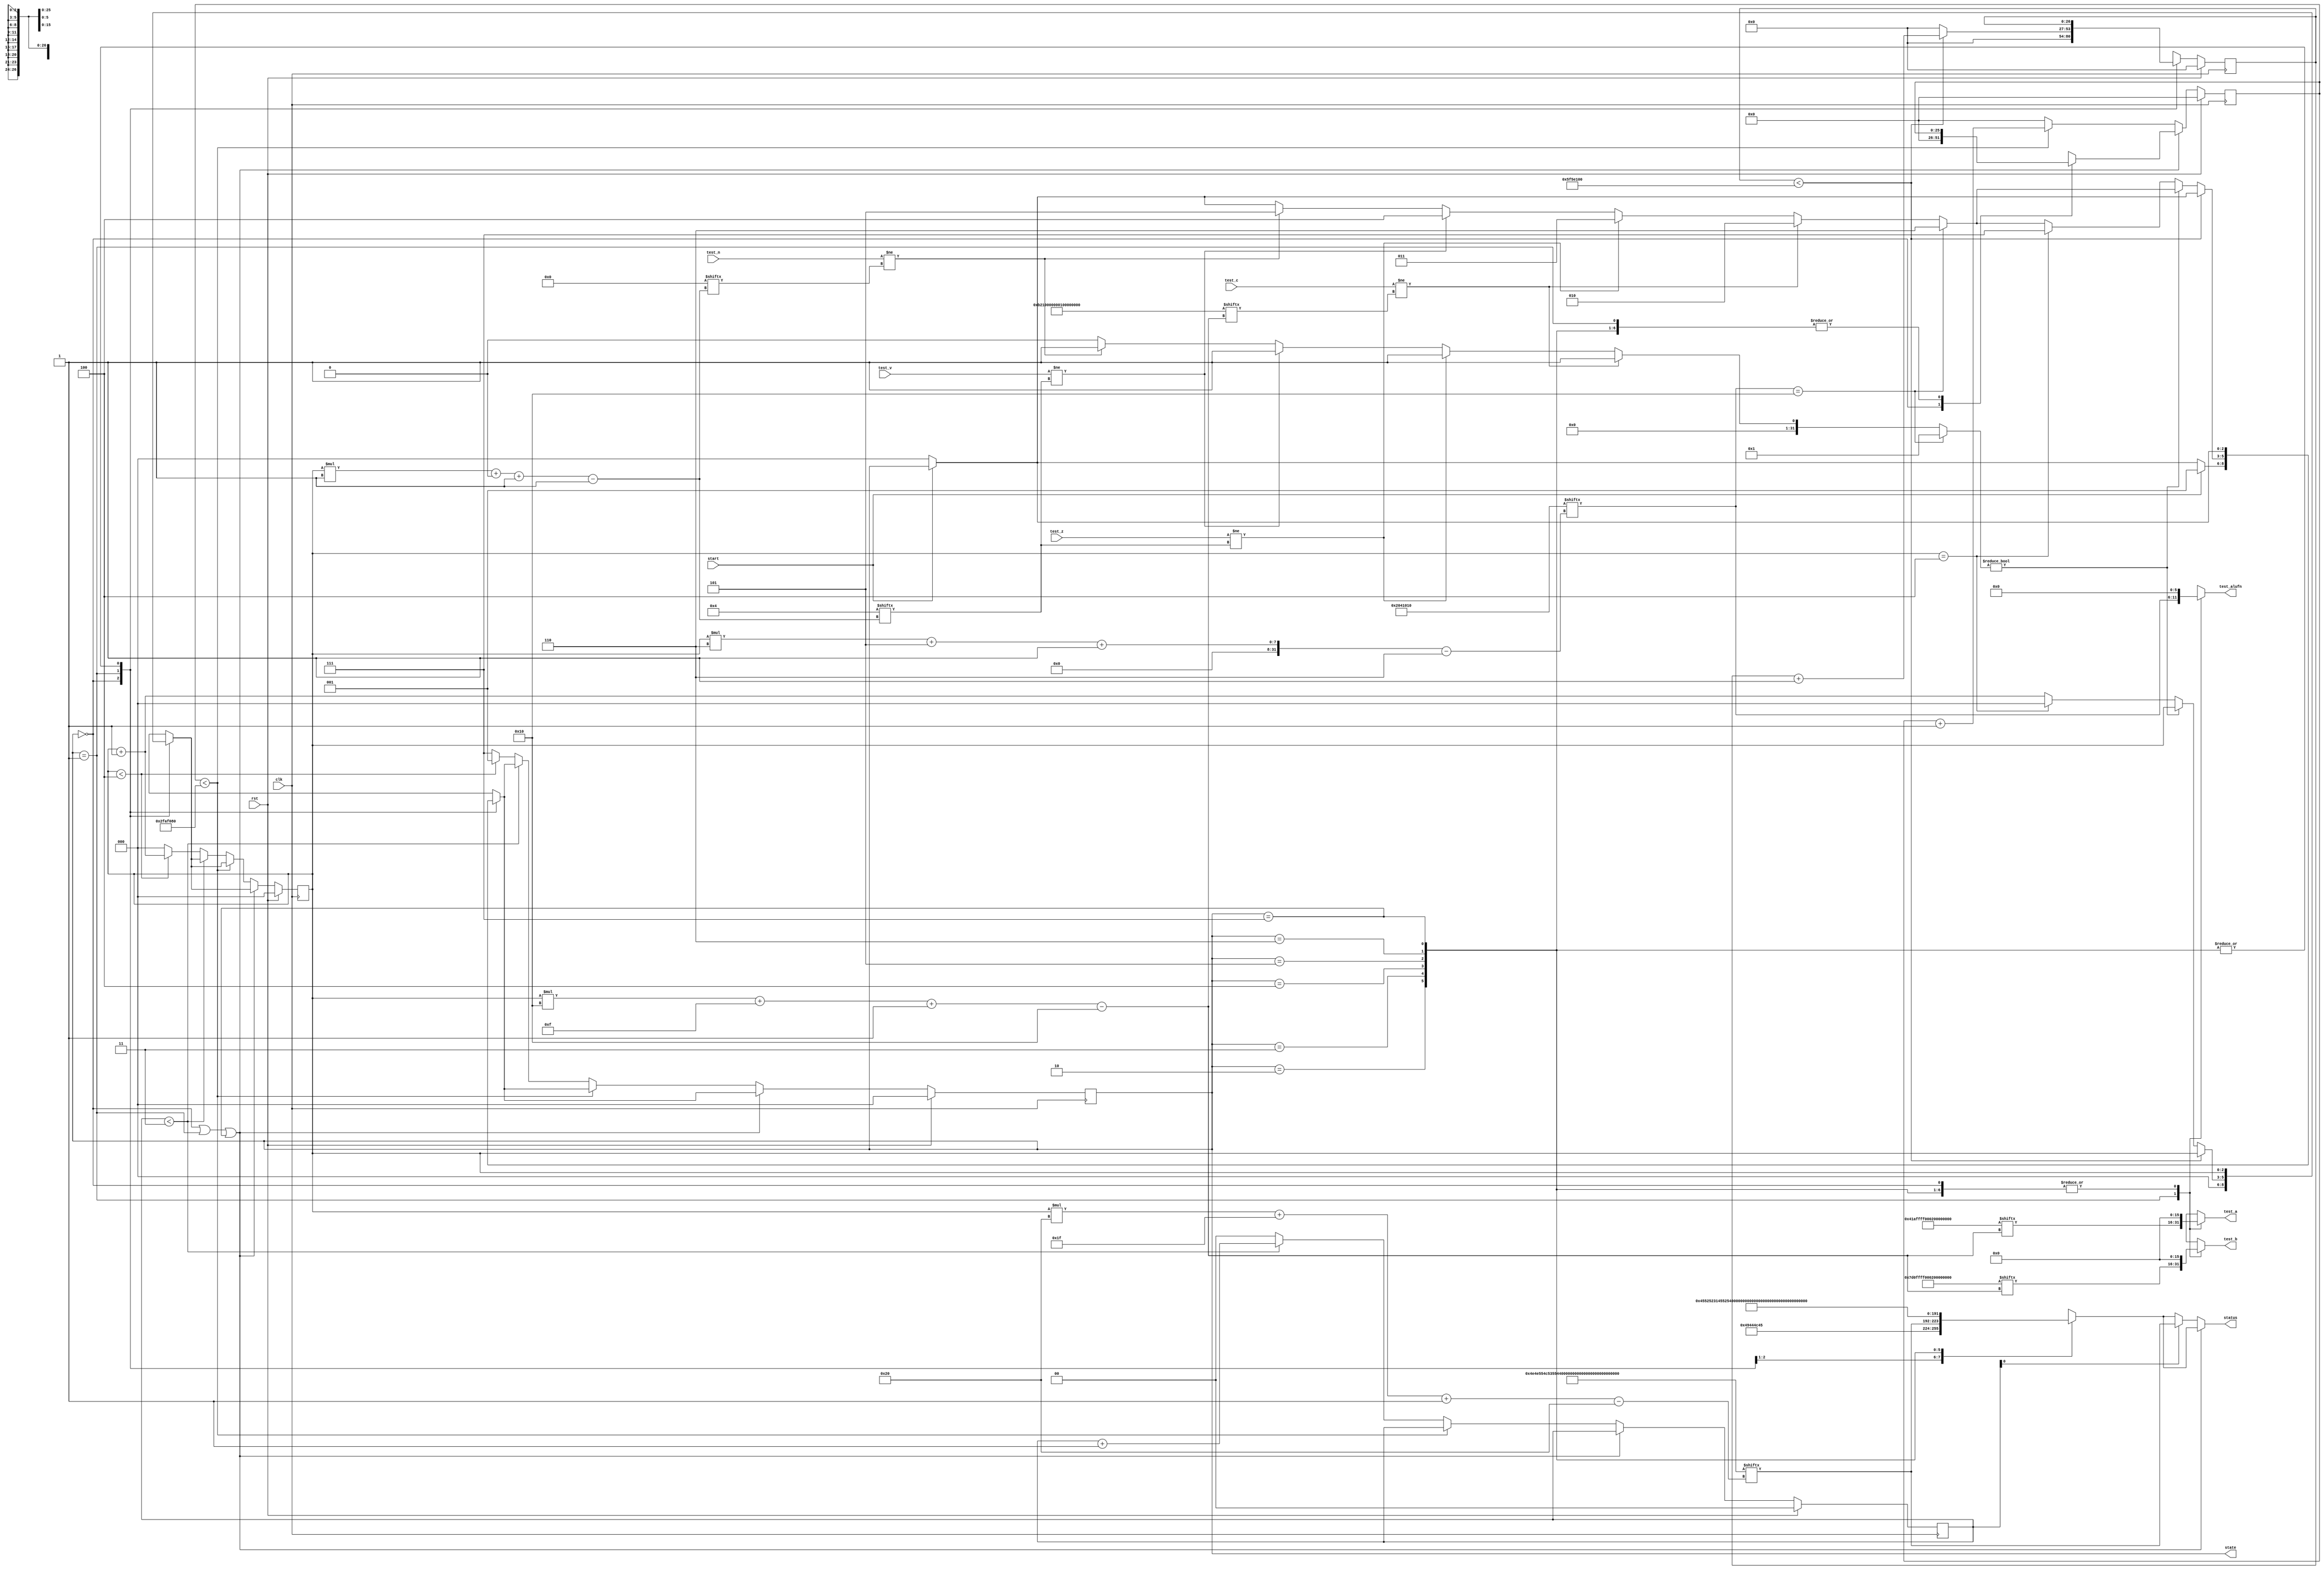
/*
   This file was generated automatically by the Mojo IDE version B1.3.6.
   Do not edit this file directly. Instead edit the original Lucid source.
   This is a temporary file and any changes made to it will be destroyed.
*/

/*
   Parameters:
     NUM_TEST_CASES = 5
     TEST_NAME = TestCasesROM.ADDER_FAIL_NAME
     TEST_A = TestCasesROM.ADDER_FAIL_A
     TEST_B = TestCasesROM.ADDER_FAIL_B
     TEST_ALUFN = TestCasesROM.ADDER_FAIL_ALUFN
     TEST_C = TestCasesROM.ADDER_FAIL_C
     TEST_Z = TestCasesROM.ADDER_FAIL_Z
     TEST_V = TestCasesROM.ADDER_FAIL_V
     TEST_N = TestCasesROM.ADDER_FAIL_N
     INVALID_ALUFN = TestCasesROM.ADDER_INVALID_ALUFN
     BYPASS_FAIL = 1
     NUM_TEST_SECS = 2
     NUM_FAIL_SECS = 1
     NUM_FAIL_BLINKS = 2
*/
module tester_10 (
    input clk,
    input rst,
    input start,
    input [15:0] test_c,
    input test_z,
    input test_v,
    input test_n,
    output reg [15:0] test_a,
    output reg [15:0] test_b,
    output reg [5:0] test_alufn,
    output reg [2:0] state,
    output reg [31:0] status
  );
  
  localparam NUM_TEST_CASES = 3'h5;
  localparam TEST_NAME = 160'h4e4e554c53554232535542314144443241444431;
  localparam TEST_A = 80'h041affff0001ffff0001;
  localparam TEST_B = 80'h07d0ffff0001ffff0001;
  localparam TEST_ALUFN = 30'h02041010;
  localparam TEST_C = 80'h0b2100000000fffe0002;
  localparam TEST_Z = 5'h04;
  localparam TEST_V = 5'h04;
  localparam TEST_N = 5'h00;
  localparam INVALID_ALUFN = 6'h10;
  localparam BYPASS_FAIL = 1'h1;
  localparam NUM_TEST_SECS = 2'h2;
  localparam NUM_FAIL_SECS = 1'h1;
  localparam NUM_FAIL_BLINKS = 2'h2;
  
  
  localparam NUM_TEST_TIMER_CYCLES = 28'h5f5e100;
  
  localparam NUM_FAIL_TIMER_CYCLES = 26'h2faf080;
  
  reg [31:0] next_status;
  
  integer i;
  
  integer failed;
  
  reg [26:0] M_display_test_timer_d, M_display_test_timer_q = 1'h0;
  reg [25:0] M_display_fail_timer_d, M_display_fail_timer_q = 1'h0;
  reg [1:0] M_fail_blink_ctr_d, M_fail_blink_ctr_q = 1'h0;
  reg [2:0] M_tester_ctr_d, M_tester_ctr_q = 1'h0;
  localparam IDLE_tester_state = 3'd0;
  localparam TEST_tester_state = 3'd1;
  localparam FAIL_C_tester_state = 3'd2;
  localparam FAIL_Z_tester_state = 3'd3;
  localparam FAIL_V_tester_state = 3'd4;
  localparam FAIL_N_tester_state = 3'd5;
  localparam FAIL_ALUFN_tester_state = 3'd6;
  localparam DONE_tester_state = 3'd7;
  
  reg [2:0] M_tester_state_d, M_tester_state_q = IDLE_tester_state;
  
  always @* begin
    M_tester_state_d = M_tester_state_q;
    M_display_fail_timer_d = M_display_fail_timer_q;
    M_display_test_timer_d = M_display_test_timer_q;
    M_fail_blink_ctr_d = M_fail_blink_ctr_q;
    M_tester_ctr_d = M_tester_ctr_q;
    
    status = 32'h00000000;
    test_a = 1'h0;
    test_b = 1'h0;
    test_alufn = 1'h0;
    if (!start) begin
      M_tester_state_d = IDLE_tester_state;
    end
    state = M_tester_state_q;
    next_status = 32'h4e554c4c;
    
    case (M_tester_state_q)
      IDLE_tester_state: begin
        M_display_test_timer_d = 1'h0;
        M_display_fail_timer_d = 1'h0;
        M_tester_ctr_d = 1'h0;
        next_status = 32'h49444c45;
        if (start) begin
          M_tester_state_d = TEST_tester_state;
        end
      end
      TEST_tester_state: begin
        next_status = TEST_NAME[(M_tester_ctr_q)*32+31-:32];
        test_a = TEST_A[(M_tester_ctr_q)*16+15-:16];
        test_b = TEST_B[(M_tester_ctr_q)*16+15-:16];
        test_alufn = TEST_ALUFN[(M_tester_ctr_q)*6+5-:6];
        if (M_display_test_timer_q < 28'h5f5e100) begin
          M_display_test_timer_d = M_display_test_timer_q + 1'h1;
        end else begin
          M_display_test_timer_d = 1'h0;
          failed = 1'h0;
          if (test_c != TEST_C[(M_tester_ctr_q)*16+15-:16]) begin
            failed = 1'h1;
            M_tester_state_d = FAIL_C_tester_state;
          end else begin
            if (test_z != TEST_Z[(M_tester_ctr_q)*1+0-:1]) begin
              failed = 1'h1;
              M_tester_state_d = FAIL_Z_tester_state;
            end else begin
              if (test_v != TEST_V[(M_tester_ctr_q)*1+0-:1]) begin
                failed = 1'h1;
                M_tester_state_d = FAIL_V_tester_state;
              end else begin
                if (test_n != TEST_N[(M_tester_ctr_q)*1+0-:1]) begin
                  failed = 1'h1;
                  M_tester_state_d = FAIL_N_tester_state;
                end
              end
            end
          end
          for (i = 1'h0; i < 3'h1; i = i + 1) begin
            if (TEST_ALUFN[(M_tester_ctr_q)*6+5-:6] == INVALID_ALUFN[(i)*6+5-:6]) begin
              failed = 1'h1;
              M_tester_state_d = FAIL_ALUFN_tester_state;
            end
          end
          if (failed) begin
            failed = 1'h0;
          end else begin
            if (M_tester_ctr_q == 4'h4) begin
              M_tester_state_d = DONE_tester_state;
              M_tester_ctr_d = 1'h0;
            end else begin
              M_tester_ctr_d = M_tester_ctr_q + 1'h1;
            end
          end
        end
      end
      FAIL_C_tester_state: begin
        next_status = 32'h45525231;
      end
      FAIL_Z_tester_state: begin
        next_status = 32'h45525232;
      end
      FAIL_V_tester_state: begin
        next_status = 32'h45525233;
      end
      FAIL_N_tester_state: begin
        next_status = 32'h45525234;
      end
      FAIL_ALUFN_tester_state: begin
        next_status = 32'h45525235;
      end
      DONE_tester_state: begin
        next_status = 32'h444f4e45;
      end
    endcase
    if (M_tester_state_q == IDLE_tester_state | M_tester_state_q == TEST_tester_state | M_tester_state_q == DONE_tester_state) begin
      status = next_status;
    end else begin
      if (~M_fail_blink_ctr_q[0+0-:1]) begin
        status = next_status;
      end else begin
        status = TEST_NAME[(M_tester_ctr_q)*32+31-:32];
      end
      if (M_display_fail_timer_q < 26'h2faf080) begin
        M_display_fail_timer_d = M_display_fail_timer_q + 1'h1;
      end else begin
        M_display_fail_timer_d = 1'h0;
        if (1'h0) begin
          M_fail_blink_ctr_d = M_fail_blink_ctr_q + 1'h1;
        end else begin
          if (M_fail_blink_ctr_q < 5'h03) begin
            M_fail_blink_ctr_d = M_fail_blink_ctr_q + 1'h1;
          end else begin
            M_fail_blink_ctr_d = 1'h0;
            if (M_tester_ctr_q < 4'h4) begin
              M_tester_state_d = TEST_tester_state;
              M_tester_ctr_d = M_tester_ctr_q + 1'h1;
            end else begin
              M_tester_state_d = DONE_tester_state;
              M_tester_ctr_d = 1'h0;
            end
          end
        end
      end
    end
  end
  
  always @(posedge clk) begin
    if (rst == 1'b1) begin
      M_display_test_timer_q <= 1'h0;
      M_display_fail_timer_q <= 1'h0;
      M_fail_blink_ctr_q <= 1'h0;
      M_tester_ctr_q <= 1'h0;
      M_tester_state_q <= 1'h0;
    end else begin
      M_display_test_timer_q <= M_display_test_timer_d;
      M_display_fail_timer_q <= M_display_fail_timer_d;
      M_fail_blink_ctr_q <= M_fail_blink_ctr_d;
      M_tester_ctr_q <= M_tester_ctr_d;
      M_tester_state_q <= M_tester_state_d;
    end
  end
  
endmodule